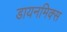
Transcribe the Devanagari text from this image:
डायनमिक्स